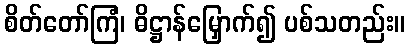
စိတ်တော်ကြံ၊ ဓိဋ္ဌာန်မြှောက်၍ ပစ်သတည်း။